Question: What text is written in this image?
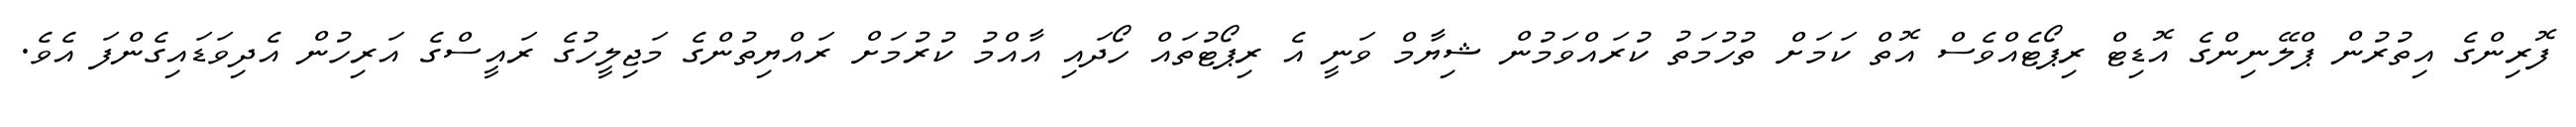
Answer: ފޮރިންގެ އިތުރުން ޕްލޭނިންގެ އޮޑިޓް ރިޕޯޓެއްވެސް އޮތް ކަމަށް ތުހުމަތު ކުރައްވަމުން ޝިޔާމް ވަނީ އެ ރިޕޯޓުތައް ހޯދައި އާއްމު ކުރުމަށް ރައްޔިތުންގެ މަޖިލީހުގެ ރައީސްގެ އަރިހުން އެދިވަޑައިގެންފަ އެވެ.